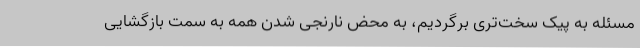
مسئله به پیک سخت‌تری برگردیم، به محض نارنجی شدن همه به سمت بازگشایی